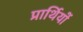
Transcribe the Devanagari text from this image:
प्रार्थियों